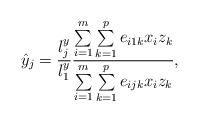
\begin{align*}\hat{y}_{j}=\frac{l_{j}^{y}}{l_{1}^{y}}\frac{\sum\limits_{i=1}^m \sum\limits_{k=1}^p {e_{i1k}x_{i}z_{k}} }{\sum\limits_{i=1}^m \sum\limits_{k=1}^p {e_{ijk}x_{i}z_{k}} },\end{align*}